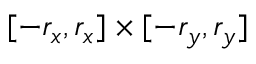
[ - r _ { x } , r _ { x } ] \times [ - r _ { y } , r _ { y } ]